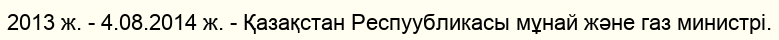
2013 ж. - 4.08.2014 ж. - Қазақстан Респуубликасы мұнай және газ министрі.